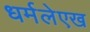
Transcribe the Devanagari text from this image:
धर्मलेएख